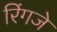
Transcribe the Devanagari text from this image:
रिंगजे